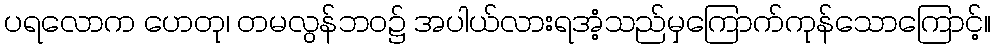
ပရလောက ဟေတု၊ တမလွန်ဘဝ၌ အပါယ်လားရအံ့သည်မှကြောက်ကုန်သောကြောင့်။